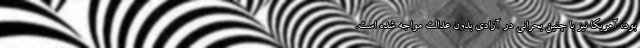
بود، آمریکا نیز با چنین بحرانی در آزادی بدون عدالت مواجه شده است.